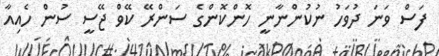
ފަސް ވަނަ ދުވަހު ނުކުންނާނީ ހޮންކޮންގެ ސަންރޭ ކޭވް ޖޭސީ ސުން ހެއިއާ